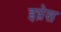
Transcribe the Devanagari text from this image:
इप्रेस